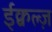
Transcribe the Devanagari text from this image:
ईक्वल्ज़